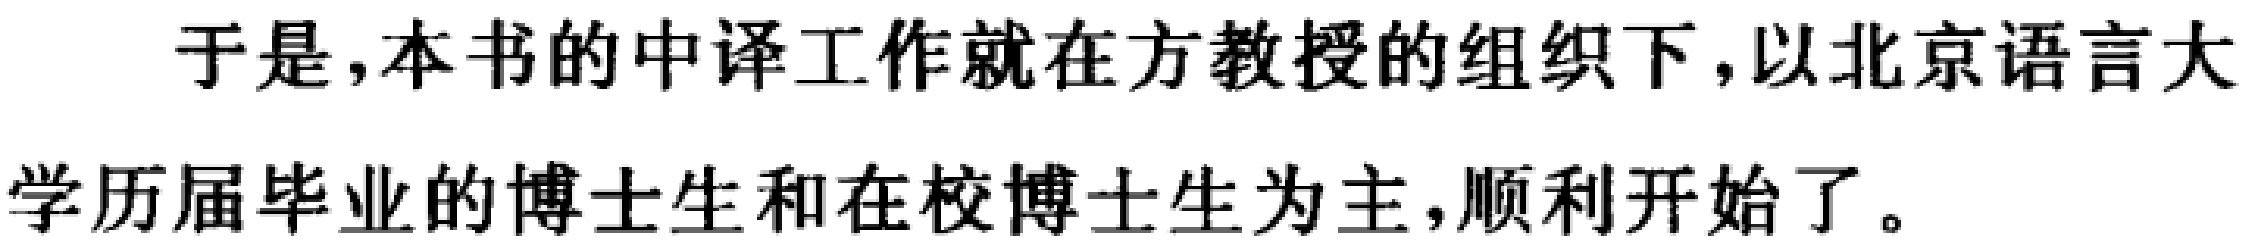
于是,本书的中译工作就在方教授的组织下,以北京语言大学历届毕业的博士生和在校博士生为主,顺利开始了。